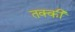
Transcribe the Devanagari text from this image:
तक्की